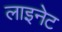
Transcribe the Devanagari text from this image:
लाइनेट